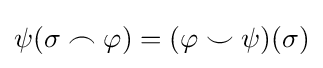
\psi (\sigma \frown \varphi )=(\varphi \smile \psi )(\sigma )